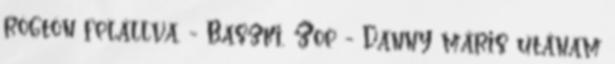
rögtön felállva. - Baszki, Zoe - Danny máris utánam